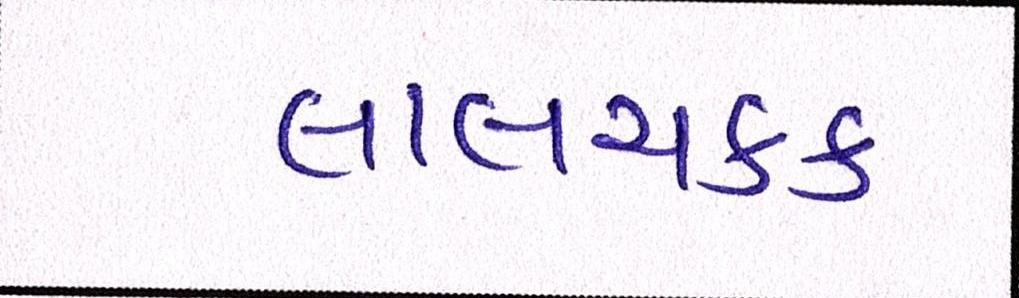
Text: લાલચટક